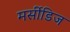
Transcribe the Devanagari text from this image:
मर्सीडिज